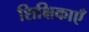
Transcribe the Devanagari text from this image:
शिक्षिकाएँ